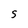
Character: 5